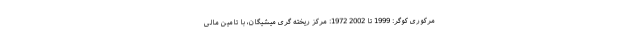
مرکوری کوگر: 1999 تا 2002 1972: مرکز ریخته گری میشیگان، با تامین مالی